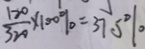
\frac { 1 2 0 } { 3 2 0 } \times 1 0 0 \% = 3 7 . 5 \%